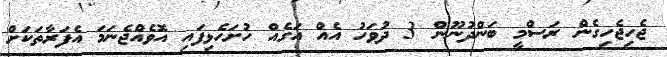
ޖެހިޖެހިގެން ރަސްމީ ބަންދުނޫން 3 ދުވަހު އެއް އަގެއް ހުށަހެޅިފައި އޮވެއްޖެނަމަ އެފަރާތަކަށް